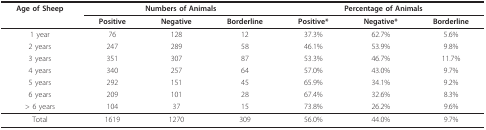
<table><thead><tr><td><b>Age of Sheep</b></td><td colspan="3"><b>Numbers of Animals</b></td><td colspan="3"><b>Percentage of Animals</b></td></tr><tr><td></td><td><b>Positive</b></td><td><b>Negative</b></td><td><b>Borderline</b></td><td><b>Positive*</b></td><td><b>Negative*</b></td><td><b>Borderline</b></td></tr></thead><tbody><tr><td>1 year</td><td>76</td><td>128</td><td>12</td><td>37.3%</td><td>62.7%</td><td>5.6%</td></tr><tr><td>2 years</td><td>247</td><td>289</td><td>58</td><td>46.1%</td><td>53.9%</td><td>9.8%</td></tr><tr><td>3 years</td><td>351</td><td>307</td><td>87</td><td>53.3%</td><td>46.7%</td><td>11.7%</td></tr><tr><td>4 years</td><td>340</td><td>257</td><td>64</td><td>57.0%</td><td>43.0%</td><td>9.7%</td></tr><tr><td>5 years</td><td>292</td><td>151</td><td>45</td><td>65.9%</td><td>34.1%</td><td>9.2%</td></tr><tr><td>6 years</td><td>209</td><td>101</td><td>28</td><td>67.4%</td><td>32.6%</td><td>8.3%</td></tr><tr><td>&gt; 6 years</td><td>104</td><td>37</td><td>15</td><td>73.8%</td><td>26.2%</td><td>9.6%</td></tr><tr><td>Total</td><td>1619</td><td>1270</td><td>309</td><td>56.0%</td><td>44.0%</td><td>9.7%</td></tr></tbody></table>